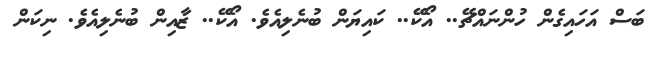
ބަސް އަހައިގެން ހުންނައްޗޭ.. އޯކޭ.. ކައިޔަން ބުނެލިއެވެ. އޯކޭ.. ޒާއިން ބުނެލިއެވެ. ނިކަން